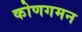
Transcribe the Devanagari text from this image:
कोणगमन